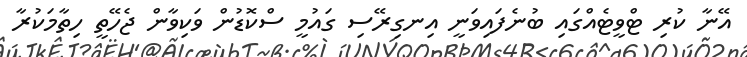
އޭނާ ކުރި ޓްވީޓެއްގައި ބުނެފައިވަނީ އިނގިރޭސި ގައުމީ ސްކޮޑުން ވަކިވާން ޖެހޭތީ ހިތާމަކުރާ